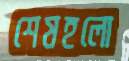
শেষহলো